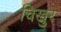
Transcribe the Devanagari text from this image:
चिखुर